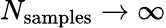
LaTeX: N_{\mathrm{samples}}\rightarrow\infty